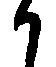
か